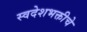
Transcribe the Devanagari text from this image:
स्वदेशभक्तीचे